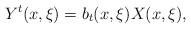
LaTeX: \begin{align*}Y^{t}(x, \xi) = b_{t}(x, \xi) X (x, \xi) ,\end{align*}